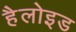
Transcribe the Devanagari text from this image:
हैलोइड